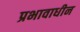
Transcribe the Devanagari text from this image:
प्रभावाधीन